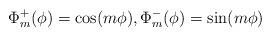
LaTeX: \begin{align*} \Phi_m^+(\phi)=\cos (m\phi), \Phi_m^-(\phi)=\sin (m\phi)\end{align*}